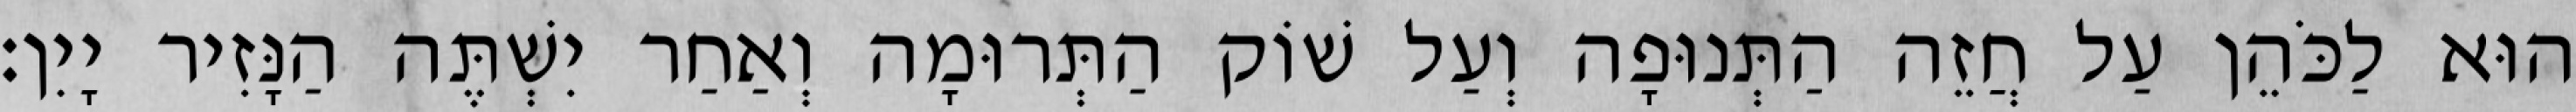
הוּא לַכֹּהֵן עַל חֲזֵה הַתְּנוּפָה וְעַל שׁוֹק הַתְּרוּמָה וְאַחַר יִשְׁתֶּה הַנָּזִיר יָיִן׃